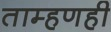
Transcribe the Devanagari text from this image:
ताम्हणही